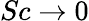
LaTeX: Sc\rightarrow 0